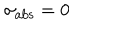
\sigma _ { \mathrm { a b s } } = 0